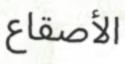
الأصقاع